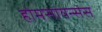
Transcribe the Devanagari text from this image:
होमसायन्सेस